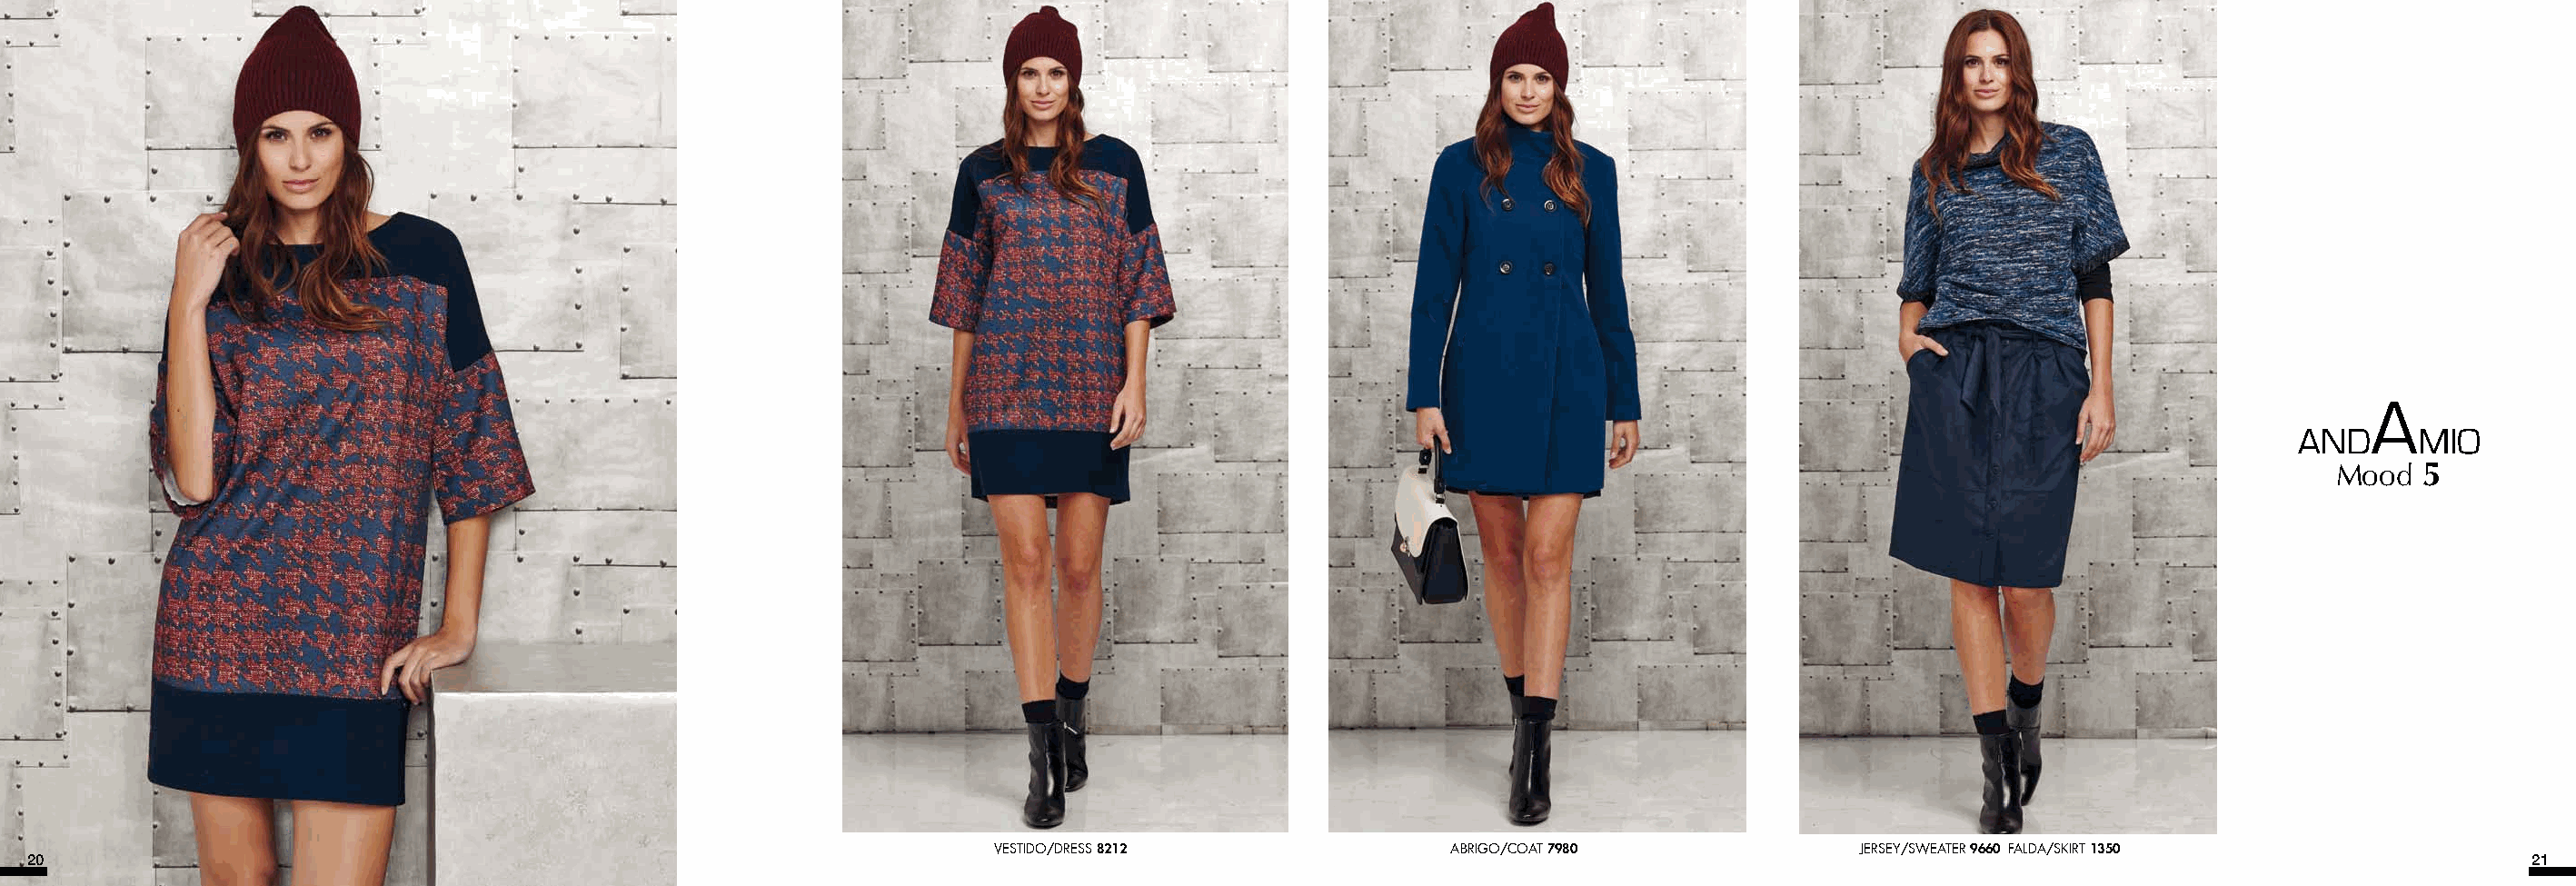
Mood   5
 VESTIDO/DRESS 8212                ABRIGO/COAT 7980              JERSEY/SWEATER 9660 FALDA/SKIRT 1350
 20                                                                                                                                                                                    21